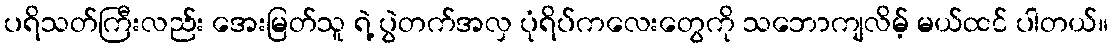
ပရိသတ်ကြီးလည်း အေးမြတ်သူ ရဲ့ ပွဲတက်အလှ ပုံရိပ်ကလေးတွေကို သဘောကျလိမ့် မယ်ထင် ပါတယ်။